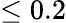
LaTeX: \leq 0.2